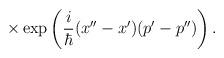
LaTeX: \begin{align*}\times \exp \left({i\over \hbar} (x''-x')(p'-p'') \right) .\end{align*}